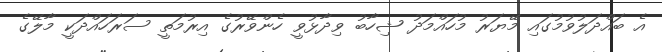
އެ ބައްދަލުވުމުގައި މޭޔަރު މުހައްމަދު ޝިހާބު ވިދާޅުވީ ހެންވޭރުގެ އިރުމަތީ ސަރަހައްދަކީ މާލޭގެ